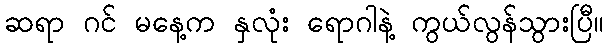
ဆရာ ဂင် မနေ့က နှလုံး ရောဂါနဲ့ ကွယ်လွန်သွားပြီ။